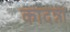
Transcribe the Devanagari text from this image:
कादन्ना